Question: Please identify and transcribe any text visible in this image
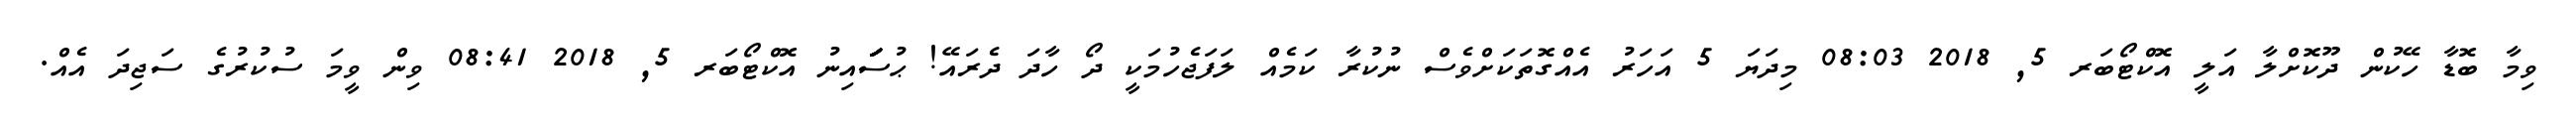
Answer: ވިމާ ބޮޑާ ހޭކުން ދޫކޮށްލާ އަލީ އޮކްޓޯބަރ 5, 2018 08:03 މިދަޔަ 5 އަހަރު އެއްގޮތަކަށްވެސް ނުކުރާ ކަމެއް ލަފަޖެހުމަކީ ދޯ ހާދަ ދެރައޭ! ޙުސަަަަަަަައިނު އޮކްޓޯބަރ 5, 2018 08:41 ވިން ވީމަ ސުކުރުގެ ސަޖިދަ އެއް.